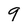
Character: 9